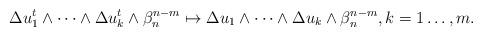
LaTeX: \begin{align*} \begin{aligned}\Delta u_1^t\wedge\dots\wedge\Delta u_k^t&\wedge\beta_n^{n-m}\mapsto\Delta u_1\wedge\dots\wedge\Delta u_k\wedge\beta_n^{n-m}, k=1\dots ,m.\end{aligned} \end{align*}